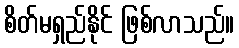
စိတ်မရှည်နိုင် ဖြစ်လာသည်။